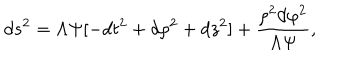
d s ^ { 2 } = \Lambda \Psi [ - d t ^ { 2 } + d \rho ^ { 2 } + d z ^ { 2 } ] + \frac { \rho ^ { 2 } d \varphi ^ { 2 } } { \Lambda \Psi } ,